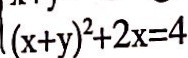
( x + y ) ^ { 2 } + 2 x = 4